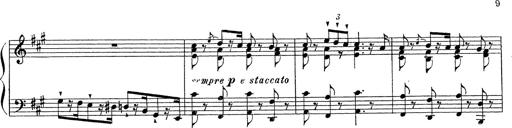
Title: Ballade No.1
Composer: Richard St. Clair